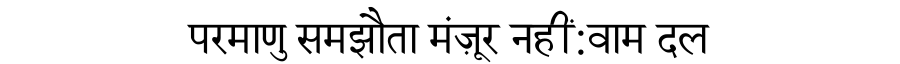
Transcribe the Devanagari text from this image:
परमाणु समझौता मंज़ूर नहीं:वाम दल